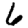
Digit: 6